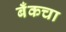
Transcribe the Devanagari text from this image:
बँकचा